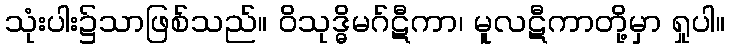
သုံးပါး၌သာဖြစ်သည်။ ဝိသုဒ္ဓိမဂ်ဋီကာ၊ မူလဋီကာတို့မှာ ရှုပါ။